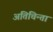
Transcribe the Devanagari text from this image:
अतिचिन्ता